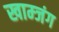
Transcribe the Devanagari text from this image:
खाम्जंग